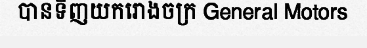
បានទិញយករោងចក្រ General Motors